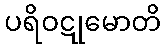
ပရိဝဋုမောတိ